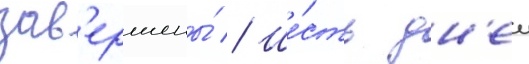
зав'ершены́ // Ше́сть дн'еи